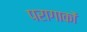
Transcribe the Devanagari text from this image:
परागाकों